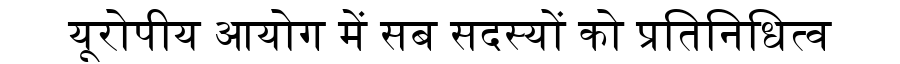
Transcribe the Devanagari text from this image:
यूरोपीय आयोग में सब सदस्यों को प्रतिनिधित्व